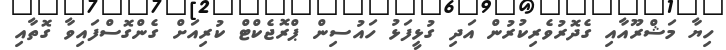
ހިޔާ މަޝްރޫއާއި ގެދޮރުވެރިކުރުން އަދި ގުޅީފަޅު ހައުސިން ޕްރޮޖެކްޓް ކުރިއަށް ގެންގޮސްފައިވާ ގޮތާއި